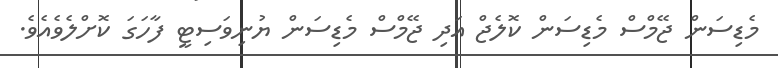
މެޑިސަން ޖޭމްސް މެޑިސަން ކޮލެޖް އަދި ޖޭމްސް މެޑިސަން ޔުނިވަސިޓީ ފާހަގަ ކޮށްލެވެއެވެ.